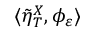
\langle \tilde { \eta } _ { T } ^ { X } , \phi _ { \varepsilon } \rangle